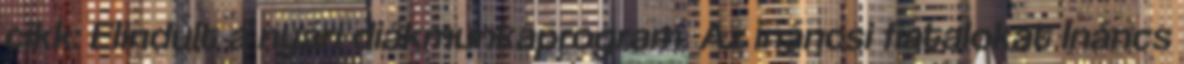
cikk: Elindult a nyári diákmunkaprogram. Az ináncsi fiatalokat Ináncs